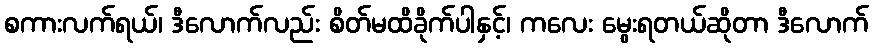
စကားလက်ရယ်၊ ဒီလောက်လည်း စိတ်မထိခိုက်ပါနှင့်၊ ကလေး မွေးရတယ်ဆိုတာ ဒီလောက်